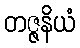
တဇ္ဇနိယံ